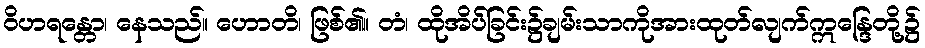
ဝိဟရန္တော၊ နေသည်။ ဟောတိ၊ ဖြစ်၏။ တံ၊ ထိုအိပ်ခြင်း၌ချမ်းသာကိုအားထုတ်လျက်ဣန္ဒြေတို့၌